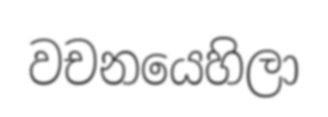
වචනයෙහිලා